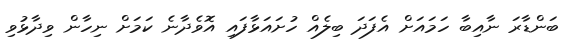
ބަންޑާރަ ނާއިބާ ހަމައަށް އެފަދަ ބިލެއް ހުށައަޅާފައި އޮވެދާނެ ކަމަށް ނިހާން ވިދާޅުވި